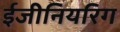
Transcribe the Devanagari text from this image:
ईजीनियरिग